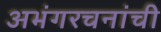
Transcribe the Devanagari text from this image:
अभंगरचनांची